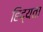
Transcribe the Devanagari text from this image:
हिद्यता